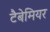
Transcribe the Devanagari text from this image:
टैबेमियर